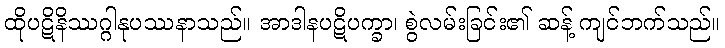
ထိုပဋိနိဿဂ္ဂါနုပဿနာသည်။ အာဒါနပဋိပက္ခာ၊ စွဲလမ်းခြင်း၏ ဆန့် ကျင်ဘက်သည်။